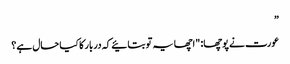
”
عورت نے پوچھا: "اچھا یہ تو بتائیے کہ دربار کا کیا حال ہے؟